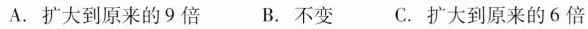
A.扩大到原来的9倍 B.不变 C.扩大到原来的6倍